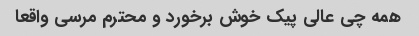
همه چی عالی پیک خوش برخورد و محترم مرسی واقعا